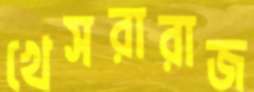
খেসরারাজ